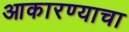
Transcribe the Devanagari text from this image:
आकारण्याचा